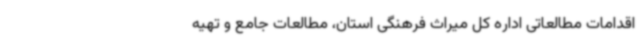
اقدامات مطالعاتی اداره کل میراث فرهنگی استان، مطالعات جامع و تهیه